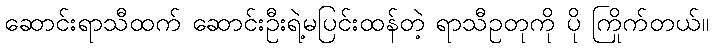
ဆောင်းရာသီထက် ဆောင်းဦးရဲ့မပြင်းထန်တဲ့ ရာသီဥတုကို ပို ကြိုက်တယ်။